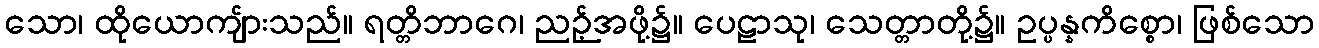
သော၊ ထိုယောကျ်ားသည်။ ရတ္တိဘာဂေ၊ ညဉ့်အဖို့၌။ ပေဠာသု၊ သေတ္တာတို့၌။ ဥပ္ပန္နကိစ္စော၊ ဖြစ်သော